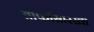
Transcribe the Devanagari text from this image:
तोफांसारखा